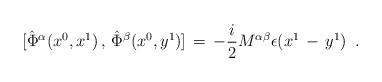
LaTeX: \begin{align*}\mbox{} [\hat{\Phi}^{\alpha}(x^{0},x^{1})\,,\,\hat{\Phi}^{\beta}(x^{0},y^{1})] \,=\,-\frac{i}{2} M ^{\alpha \beta}\epsilon(x^{1}\,-\,y^{1})\,\,\, .\end{align*}